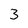
Character: 3